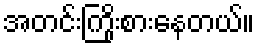
အတင်းကြိုးစားနေတယ်။